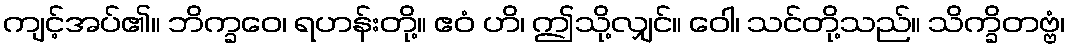
ကျင့်အပ်၏။ ဘိက္ခဝေ၊ ရဟန်းတို့။ ဧဝံ ဟိ၊ ဤသို့လျှင်။ ဝေါ၊ သင်တို့သည်။ သိက္ခိတဗ္ဗံ၊